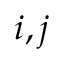
i , j